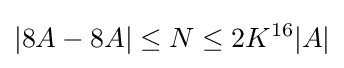
|8A-8A|\leq N\leq 2K^{16}|A|